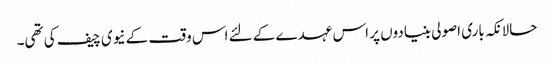
حالانکہ باری اصولی بنیادوں پر اس عہدے کے لئے اس وقت کے نیوی چیف کی تھی۔